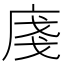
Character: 𢈽